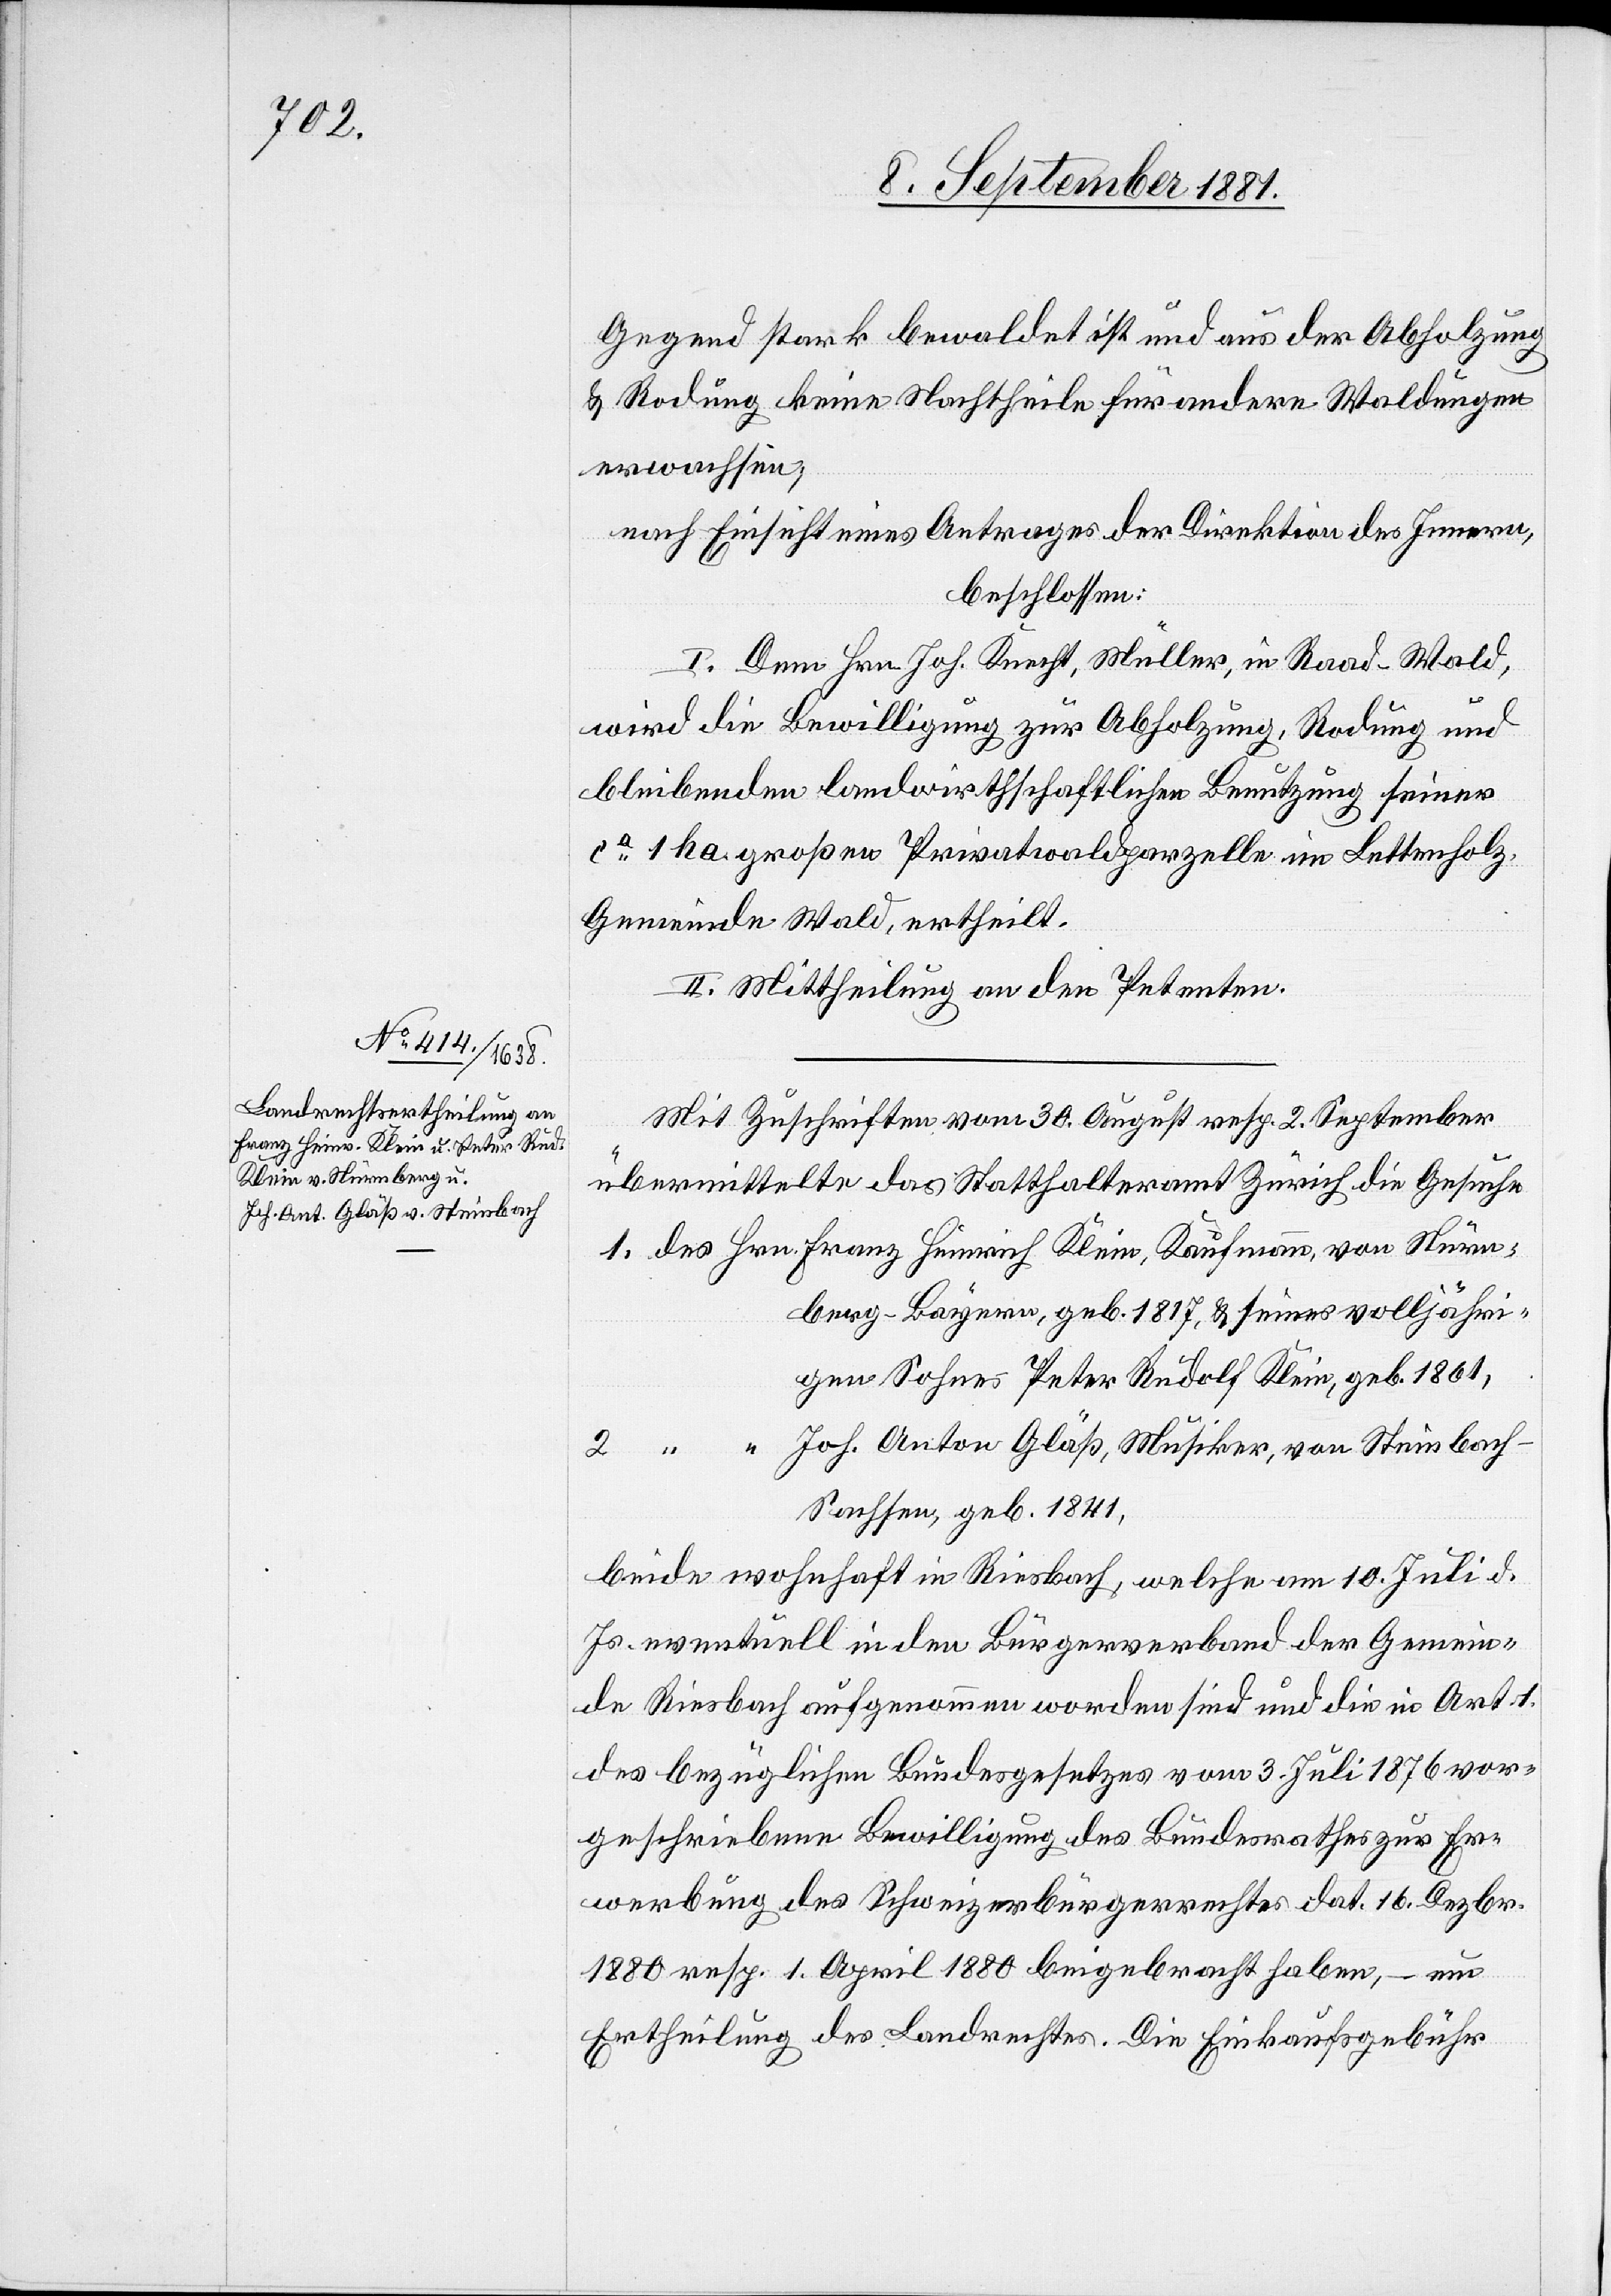
Joh.

Gegend stark bewaldet ist und aus der Abholzung
& Rodung keine Nachtheile für andere Waldungen
erwachsen;
nach Einsicht eines Antrages der Direktion des Innern,
beschlossen:
I. Dem Hrn. Joh. Knecht, Müller, in Raad - Wald,
wird die Bewilligung zur Abholzung, Rodung und
bleibenden landwirthschaflichen Benutzung seiner
ca 1 ha großen Privatwaldparzelle im Lettenholz,
Gemeinde Wald, ertheilt.
II. Mitteilung an den Petenten.
Mit Zuschriften vom 30. August resp. 2. September
übermittelte das Statthalteramt Zürich die Gesuche
berg - Bayern, geb. 1817 & seines volljähri¬
gen Sohnes Peter Rudolf Klein, geb. 1861,
Sachsen, geb. 1841,
beide wohnhaft in Riesbach, welche am 10. Juli d.
Js. eventuell in den Bürgerverband der Gemein¬
de Riesbach aufgenommen worden sind und die in Art. 1
des bezüglichen Bundesgesetzes vom 3. Juli 1876 vor¬
geschriebene Bewilligung des Bundesrathes zur Er¬
werbung des Schweizerbürgerrechtes dat. 16. Dezbr.
1880 resp. 1. April 1880 beigebracht haben, – um
Ertheilung des Landrechtes. Die Einkaufsgebühr